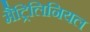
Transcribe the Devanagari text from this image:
मैट्रिलिनियल